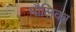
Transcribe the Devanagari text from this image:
मौलिका